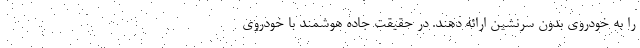
را به خودروی بدون سرنشین ارائه دهند. در حقیقت جاده هوشمند با خودروی